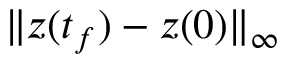
\| z ( t _ { f } ) - z ( 0 ) \| _ { \infty }